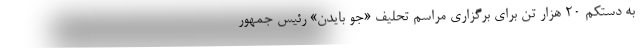
به دستکم 20 هزار تن برای برگزاری مراسم تحلیف «جو بایدن» رئیس جمهور